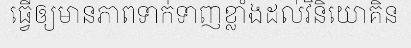
ធ្វើឲ្យមានភាពទាក់ទាញខ្លាំងដល់វិនិយោគិន